342_HS1-416511228_319.1 Flying Discs 1949
Agency: Department of War
Incident date: 1/9/50
Page 18
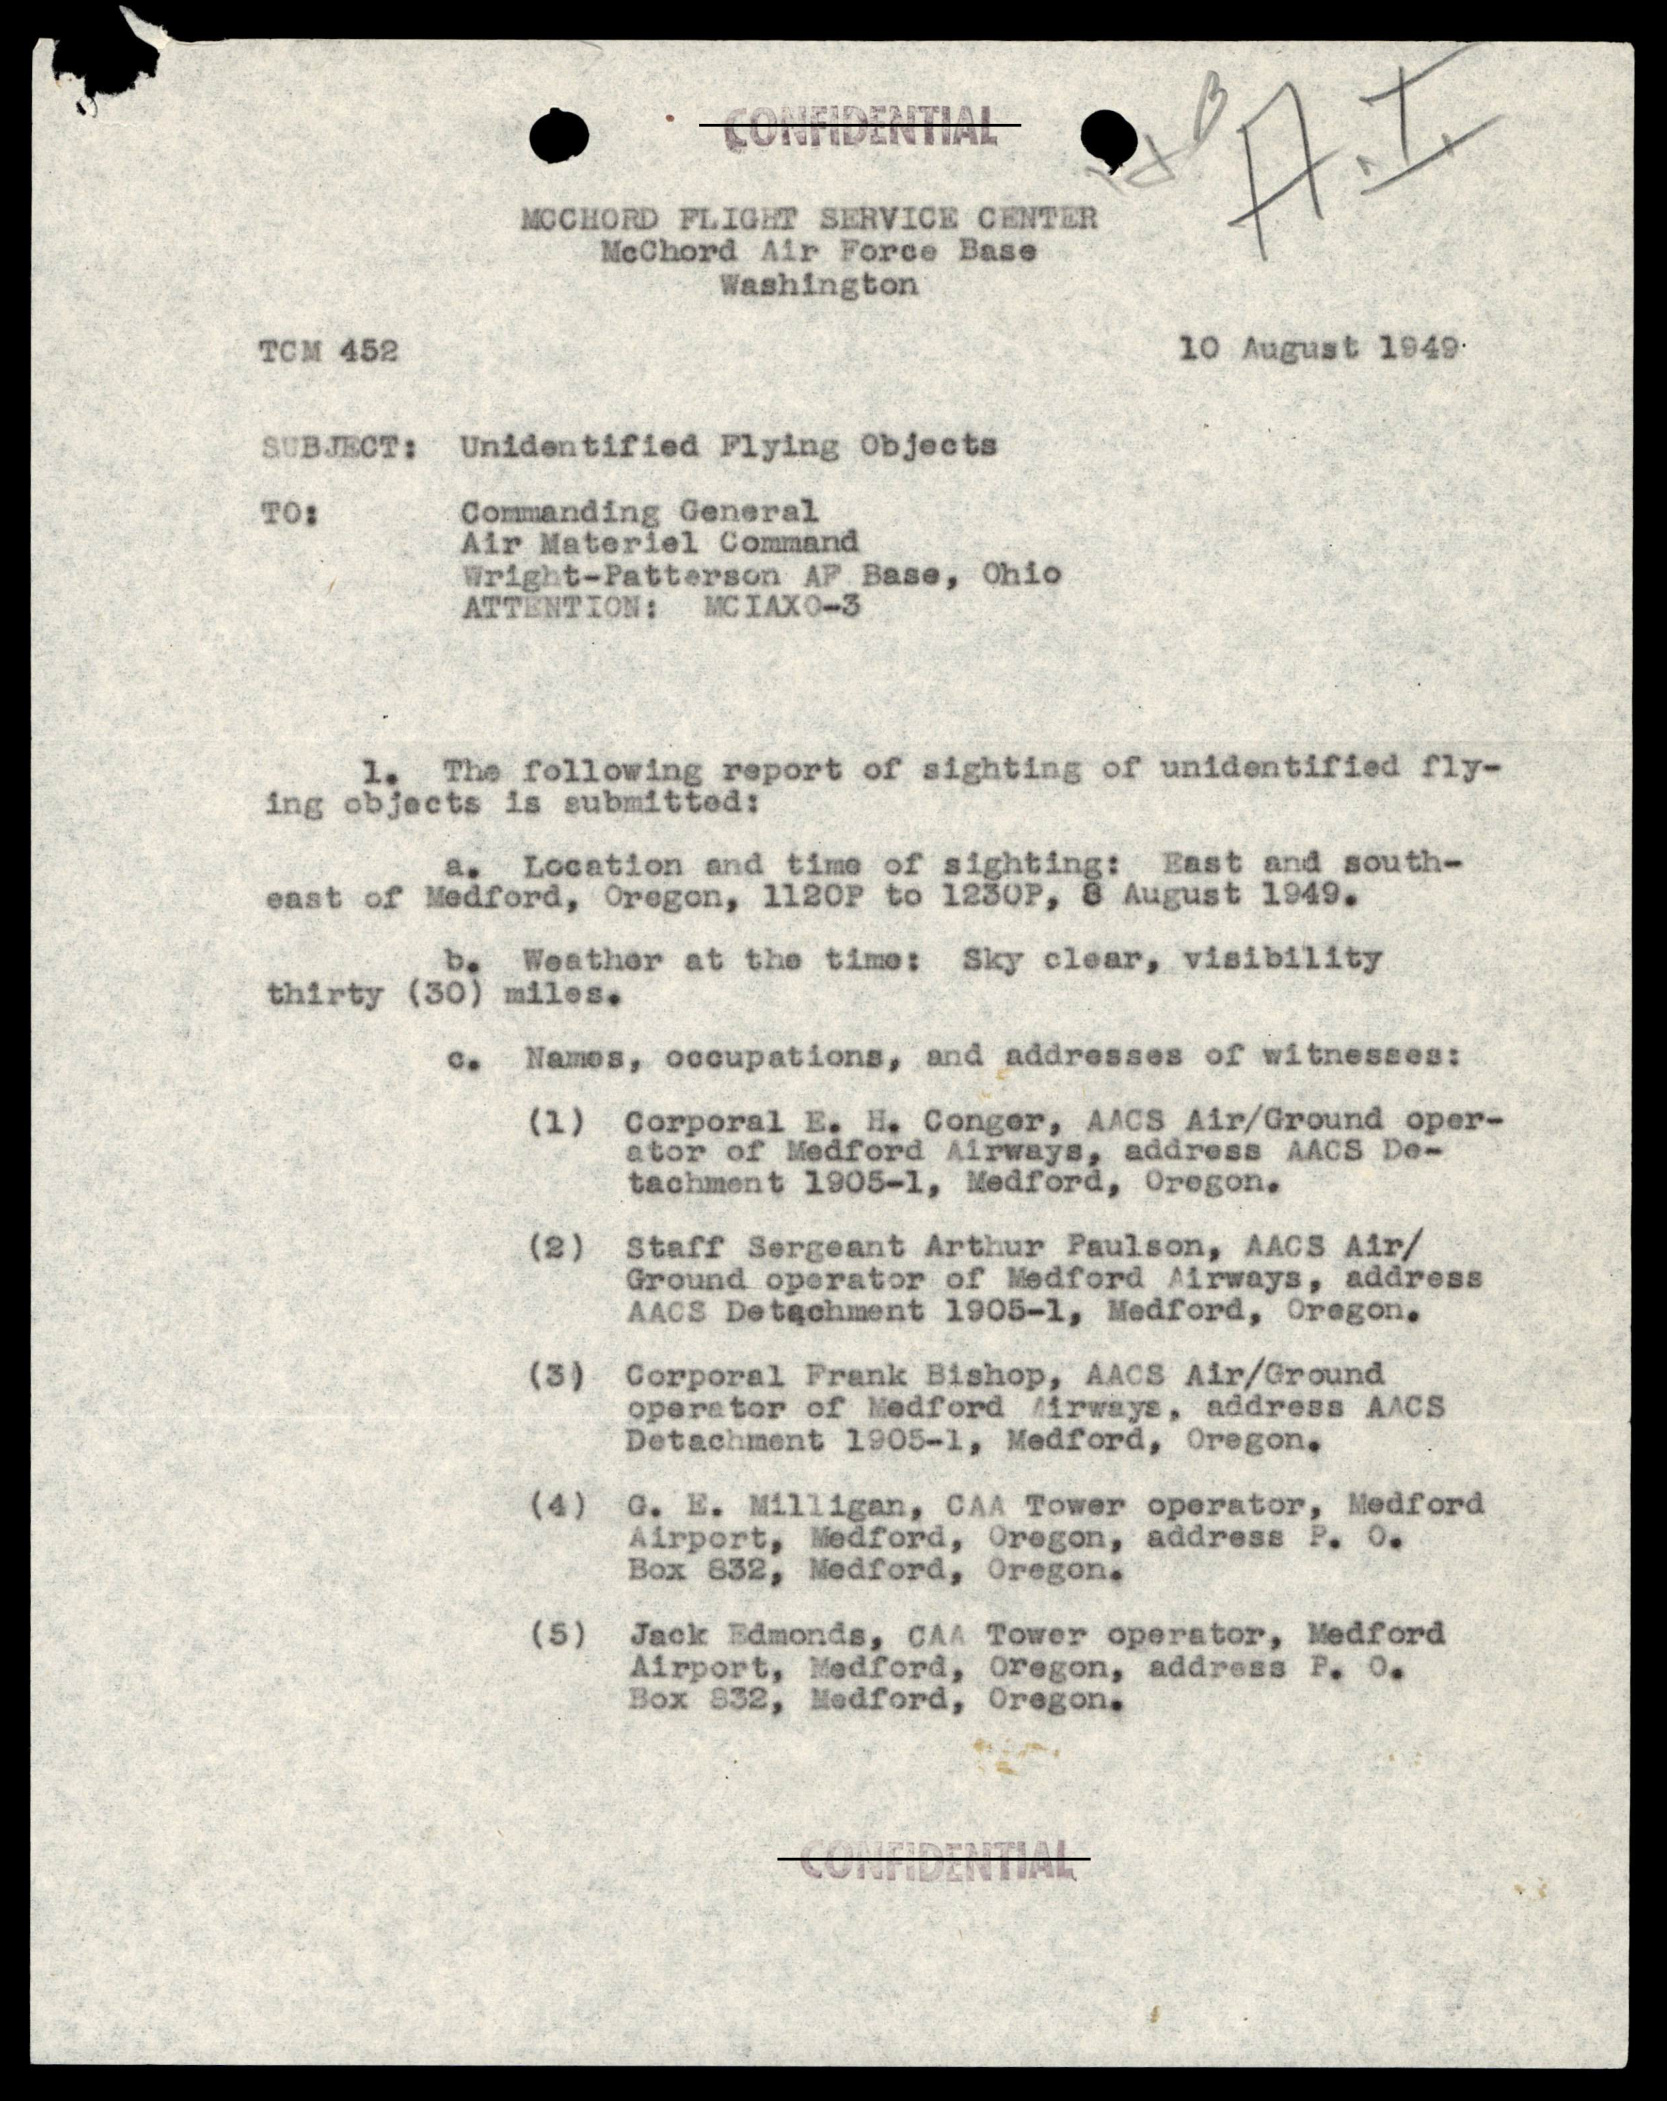